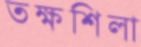
তক্ষশিলা